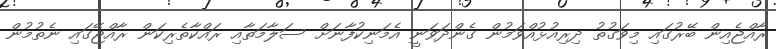
ރާއްޖެއިން ބޭރުގައި މިވަގުތު ދިރިއުޅުއްވަމުން ގެންދަވަނީ އެމަނިކުފާނަށް ސަލާމަތާއި ރައްކާތެރިކަން ރާއްޖޭގައި ނެތުމުން